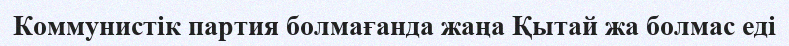
Коммунистік партия болмағанда жаңа Қытай жа болмас еді